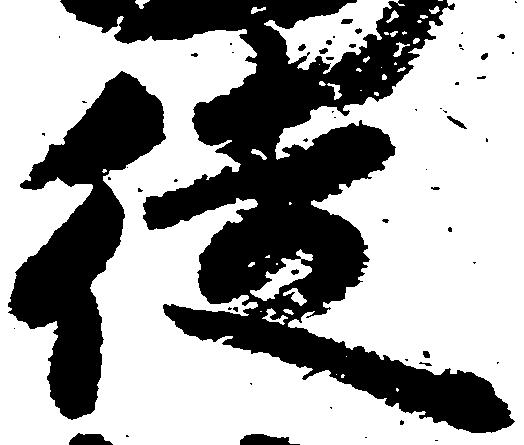
徒